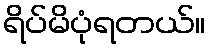
ရိပ်မိပုံရတယ်။